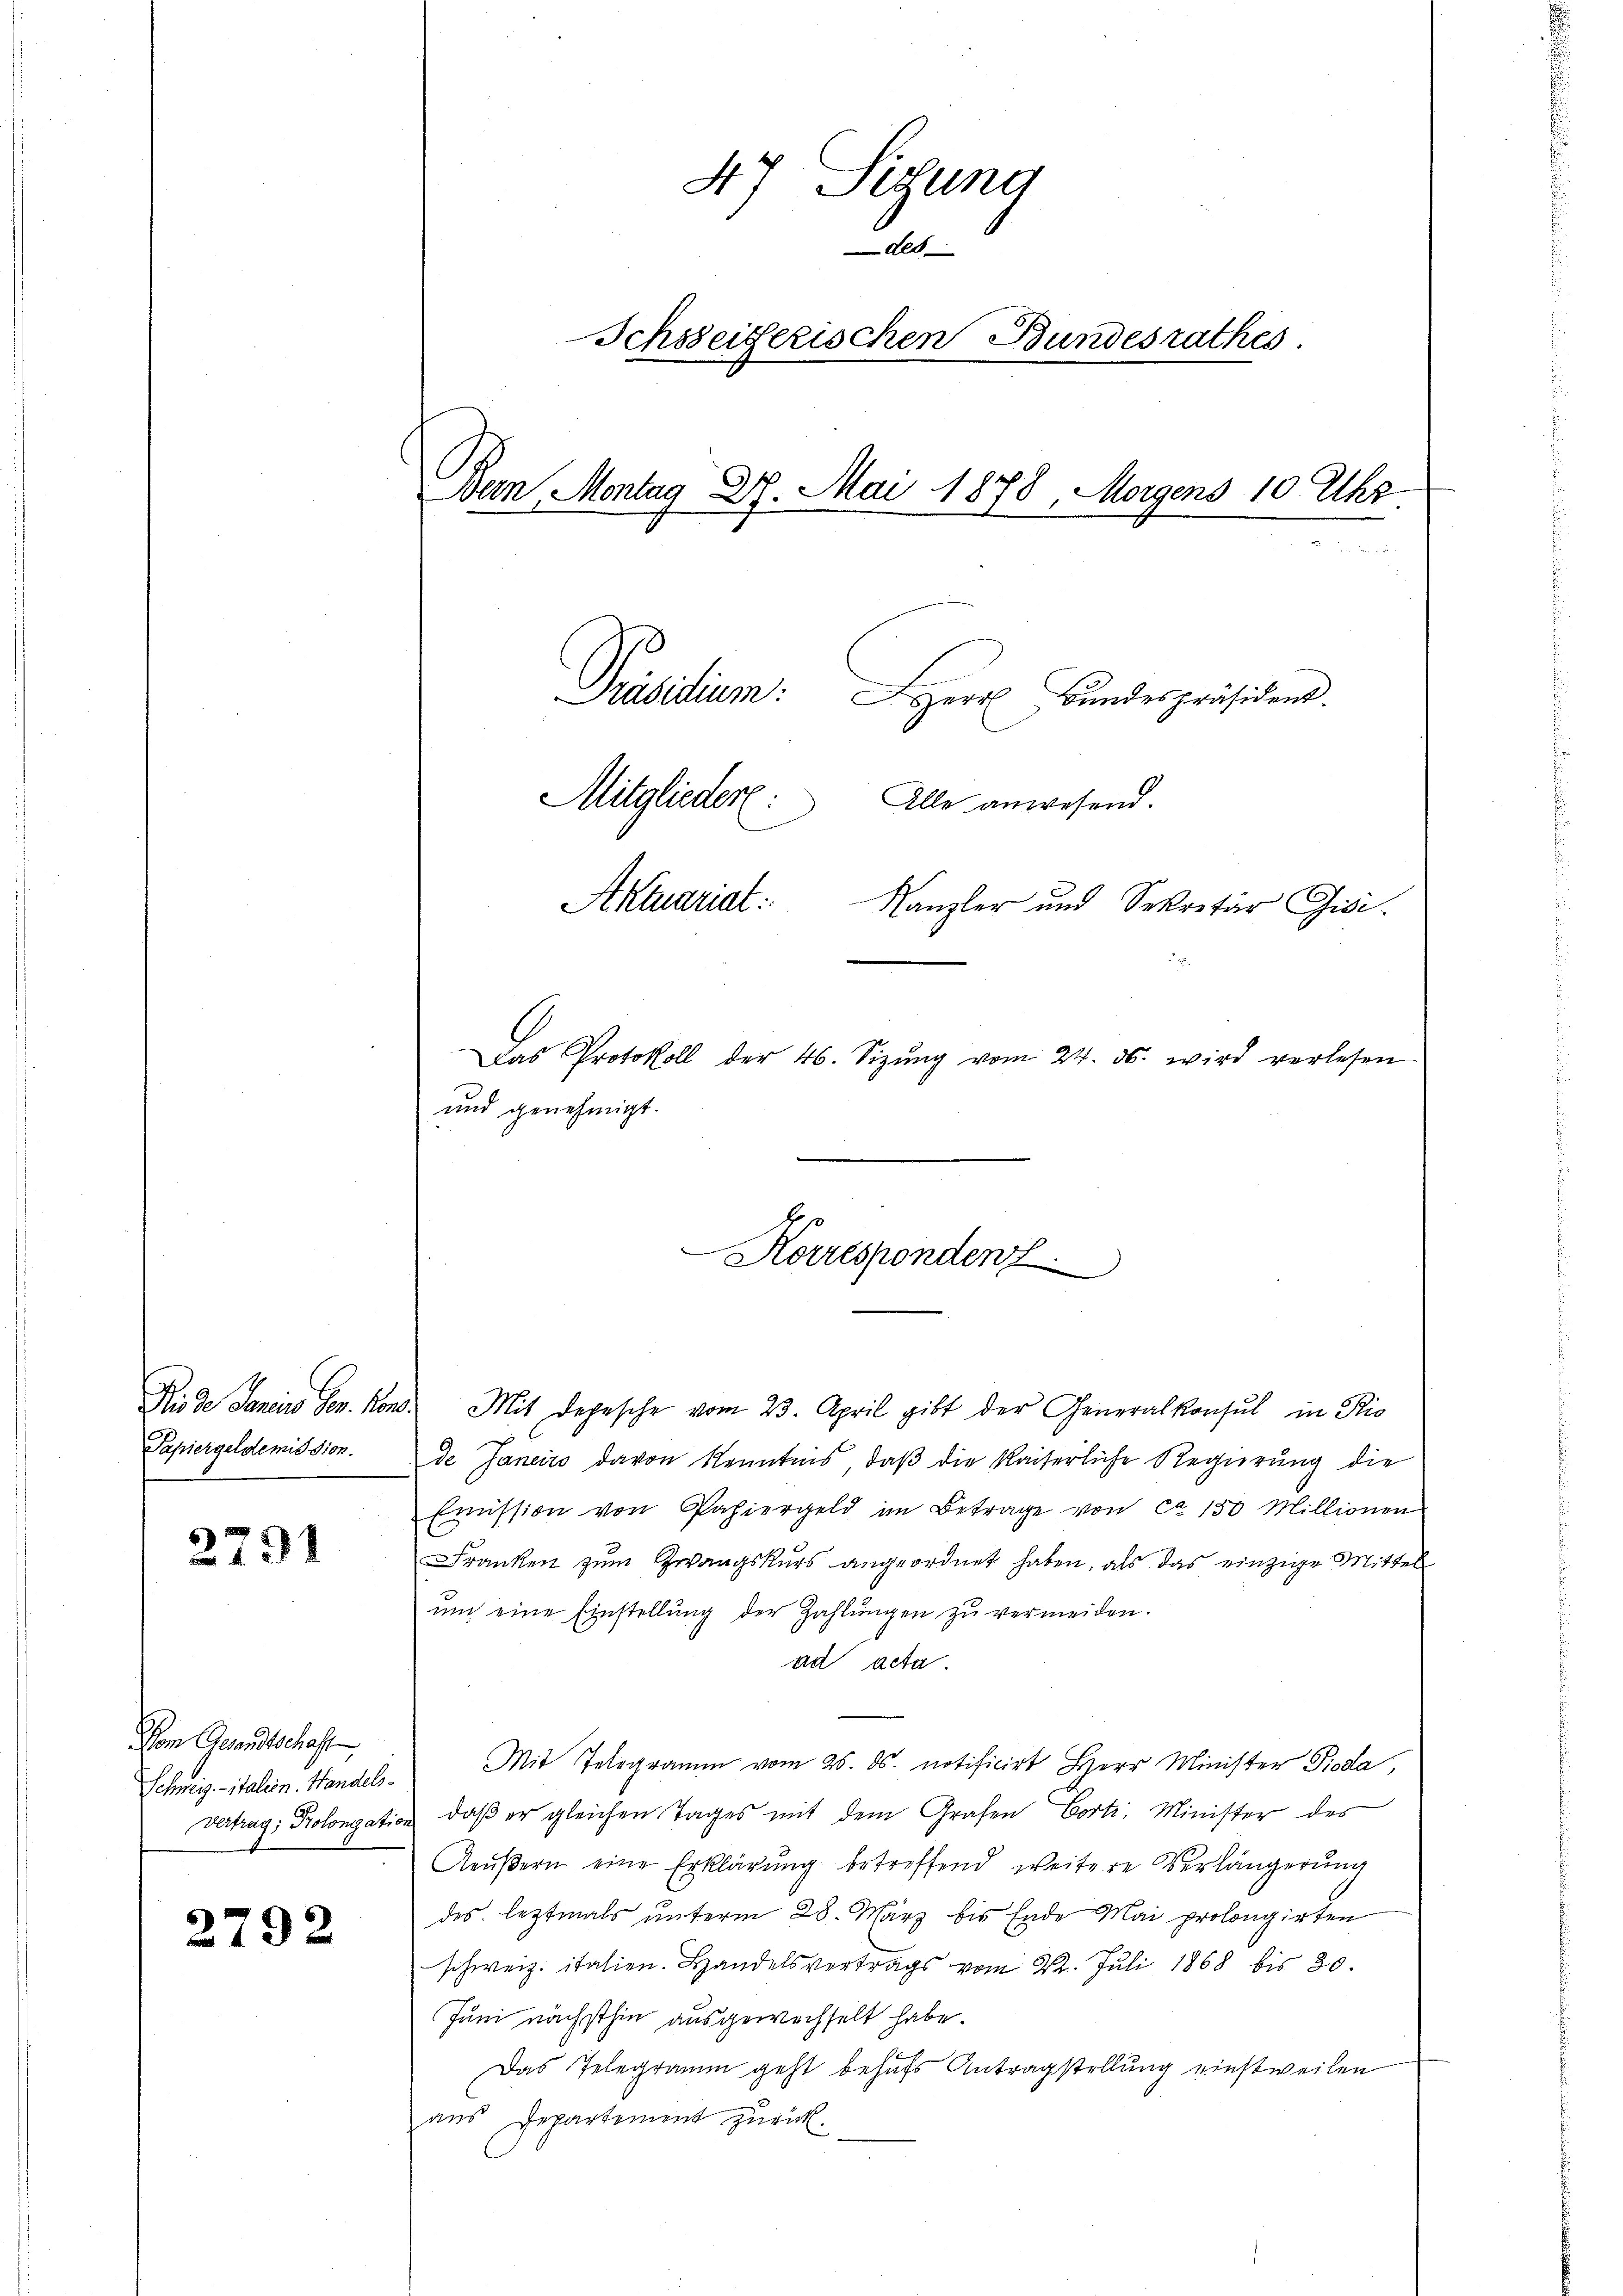
Papiergeldemission.

2791

Vom Gesandtschaft

2792

47 Sitzung
des
Ichsseiferischen Bundesrathes
Bein, Montag 27. Mai 1878, Morgens 10 Uhr.
Präsidium.
Herr Bundespräsident.
Mitglieder:
Alle anwesend.

Aktuariat:
Kanzler und Sekretär Gisi¬
Das Protokoll der 46. Sizŭng vom 24. ds. wird verlesen
und genehmigt.

Korrespondenz

Ri de Janeins Gen. Kons. Mit Depesche vom 23. April gibt der Generalkonsul in Rio
de Janeiro davon Kenntnis, daß die kaiserliche Regierung die
Emission von Papiergeld im Betrage von ca 150 Millionen
Franken zum Zwangskurs angeordnet haben, als das einzige Mittel
ŭm eine Einstellŭng der Zahlŭngen zŭ vermeiden.
ad acta.
Schweiz italein Handel, Mit Telegramm vom 26. ds. notificirt Herr Minister Pioda,
vertrag; Prolongation, daβ er gleichen Tages mit dem Grafen Cort. Minister des
Aeußern eine Erklärung betreffend weitere Verlängerung
des leztmals unterm 28. März bis Ende Mai prolongirten
schweiz. italien. Handelsvertrags vom 22. Juli 1868 bis 30.
Juni nächsthin ausgewechselt habe.
Das Telegramm geht behufs Antragstellung einstweilen
aus Departement zurück.